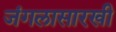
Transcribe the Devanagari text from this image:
जंगलासारखी